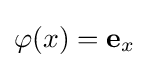
\varphi (x)=\mathbf {e} _{x}